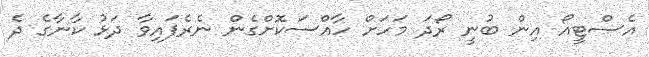
އެސްޓީއޯ އިން ބުނީ ރޯދަ މަހަށް ހާއްސަކޮށްގެން ނެރެފައިވާ ދަޅު ކާނާގެ ދެ